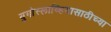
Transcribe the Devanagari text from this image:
युगोस्लाव्हियासाठीच्या